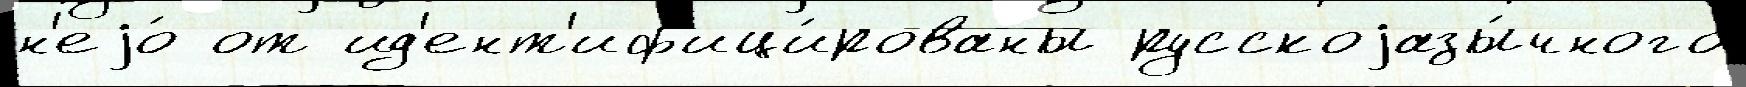
н'еjо́ от ид'ент'иф'ици́рованы русскоjазы́чного